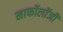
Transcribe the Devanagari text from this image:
मार्फोलॉजी